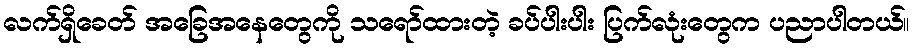
လက်ရှိခေတ် အခြေအနေတွေကို သရော်ထားတဲ့ ခပ်ပါးပါး ပြက်လုံးတွေက ပညာပါတယ်။